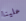
علينا